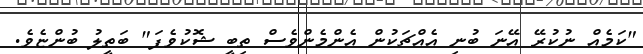
"ކަމެއް ނުކުރޭ އޭނަ ބުނި އެއްޗަކުން އެންމެންވެސް ތިބީ ޝޮކުވެފަ" ބަތީލު ބުންޏެވެ.